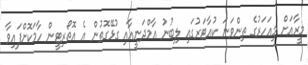
މީރާއަށް މިއަހަރުގެ ތިންވަނަ ކުއާޓަރުގައި ލިބުނު އާމްދަނީއާއި ގުޅޭގޮތުން އެ އޮތޯރިޓީން ހާމަކޮށްފައިވާ